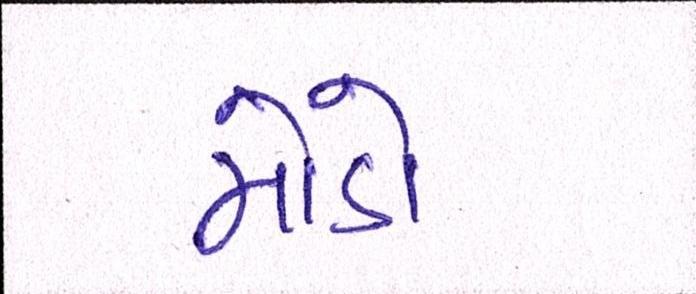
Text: મોડો